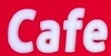
Cafe